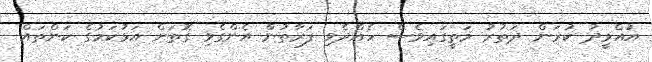
އުއްމީދު ކުރަން ދަތުރު މަތީގައިވެސް ހެއްދެވި ފަރާތުން އެންގެވި ގޮތަށް އަޅުކަމުގެ ކަންތައް